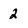
Character: 2